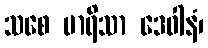
သစေ မာရိသာ ဒေဝါနံ၊